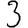
Digit: 3